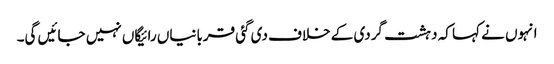
انہوں نے کہا کہ دہشت گردی کے خلاف دی گئی قربانیاں رائیگاں نہیں جائیں گی۔